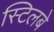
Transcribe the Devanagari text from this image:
स्टिलबे